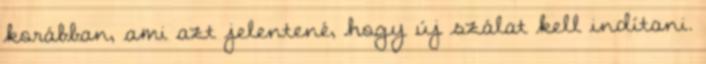
korábban, ami azt jelentené, hogy új szálat kell indítani.